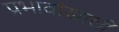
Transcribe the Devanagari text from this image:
प्रभावांखाली